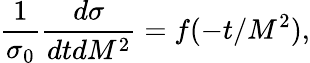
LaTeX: \frac{1}{\sigma_{0}}\frac{d\sigma}{dtdM^{2}}=f(-t/M^{2}),